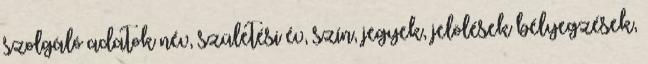
szolgáló adatok név, születési év, szín, jegyek, jelölések bélyegzések,